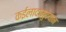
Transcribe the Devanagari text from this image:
कईलादामुदेयान